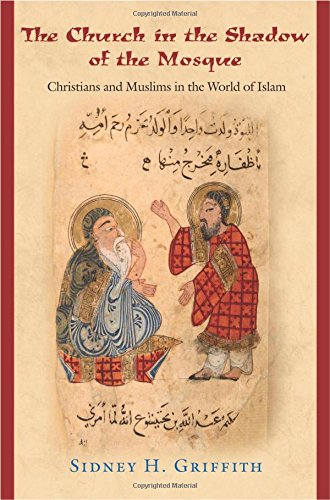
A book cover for The Church in the Shadow of the Mosque: Christians and Muslims in the World of Islam; Sidney H. Griffith; Religion & Spirituality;